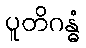
ပူတိဂန္ဓံ